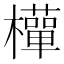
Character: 𭬩